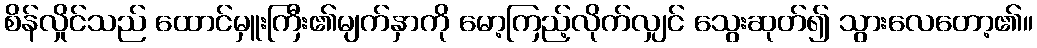
စိန်လှိုင်သည် ထောင်မှူးကြီး၏မျက်နှာကို မော့ကြည့်လိုက်လျှင် သွေးဆုတ်၍ သွားလေတော့၏။